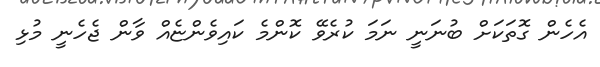
އެހެން ގޮތަކަށް ބުނަނީ ނަމަ ކުރެވޭ ކޮންމެ ކައިވެންޏެއް ވާން ޖެހެނީ މުޅި